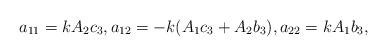
LaTeX: \begin{align*}a_{11} = k A_2c_3,a_{12} = -k(A_1c_3+A_2b_3),a_{22}=k A_1 b_3,\end{align*}